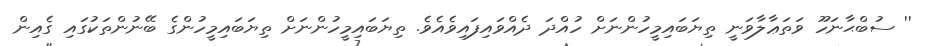
'' ސުބްޙާނަހޫ ވަތަޢާލާވަނީ ތިޔަބައިމީހުންނަށް ހުއްދަ ދެއްވައިފައިވެއެވެ. ތިޔަބައިމީހުންނަށް ތިޔަބައިމީހުންގެ ބޭނުންތަކުގައި ގެއިން